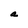
Character: a